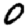
Digit: 0